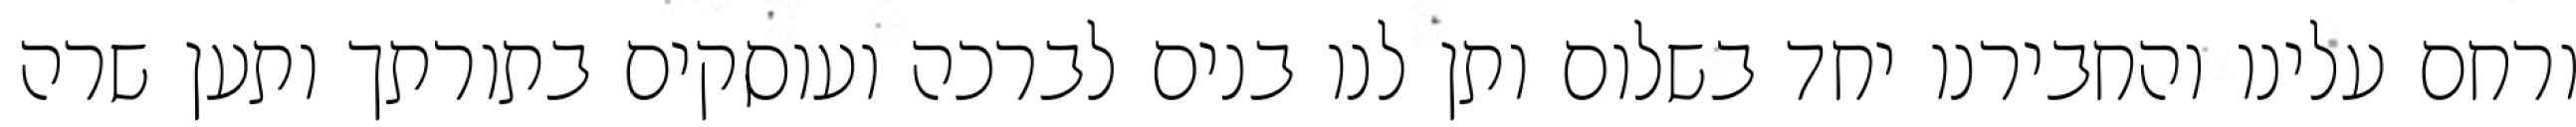
ורחם עלינו והחבירנו יחד בשלום ותן לנו בנים לברכה ועוסקים בתורתך ותען שרה